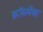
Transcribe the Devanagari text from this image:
क्रॉसमेंबर